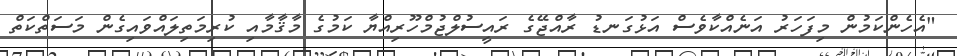
"އެހެންކަމުން މިފަހަރު އަނެއްކާވެސް އަޅުގަނޑު ރާއްޖޭގެ ރައީސުލްޖުމްހޫރިއްޔާ ކަމުގެ މާޤާމާއި ކުރިމަތިލައްވައިގެން މަސަތްކަތް